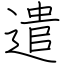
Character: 遣